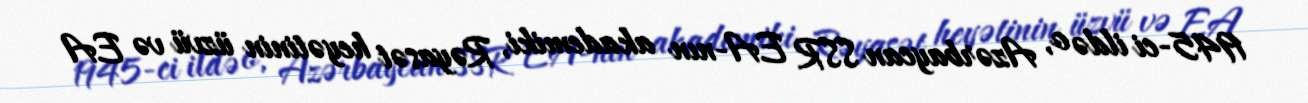
1945-ci ildə o, Azərbaycan SSR EA-nın akademiki, Rəyasət heyətinin üzvü və EA